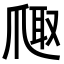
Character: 𪺐